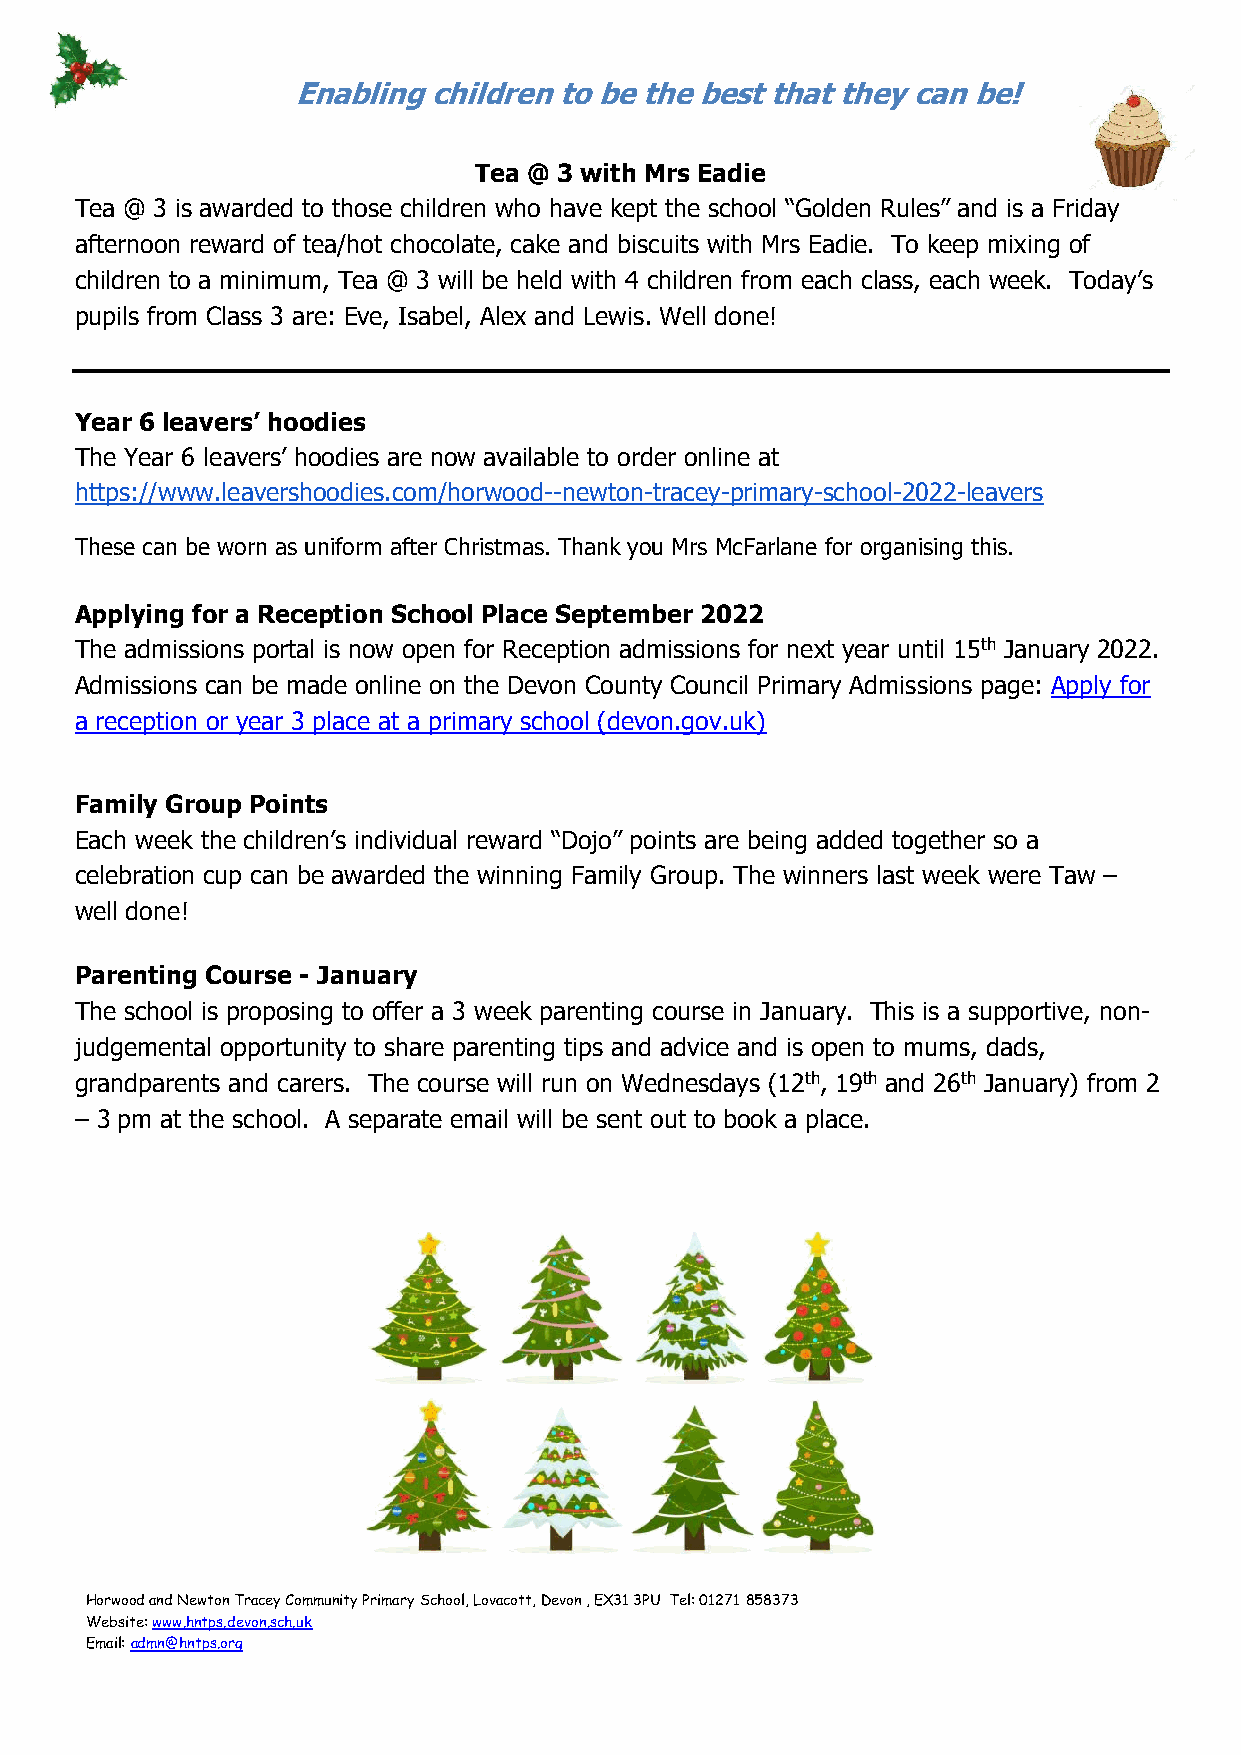
Enabling children to be the best that they can be!
 Tea @ 3 with Mrs Eadie
 Tea @ 3 is awarded to those children who have kept the school “Golden Rules” and is a Friday
 afternoon reward of tea/hot chocolate, cake and biscuits with Mrs Eadie. To keep mixing of
 children to a minimum, Tea @ 3 will be held with 4 children from each class, each week. Today’s
 pupils from Class 3 are: Eve, Isabel, Alex and Lewis. Well done!
 Year 6 leavers’ hoodies
 The Year 6 leavers’ hoodies are now available to order online at
 https://www.leavershoodies.com/horwood--newton-tracey-primary-school-2022-leavers
 These can be worn as uniform after Christmas. Thank you Mrs McFarlane for organising this.
 Applying for a Reception School Place September 2022
 The admissions portal is now open for Reception admissions for next year until 15th January 2022.
 Admissions can be made online on the Devon County Council Primary Admissions page: Apply for
 a reception or year 3 place at a primary school (devon.gov.uk)
 Family Group Points
 Each week the children’s individual reward “Dojo” points are being added together so a
 celebration cup can be awarded the winning Family Group. The winners last week were Taw –
 well done!
 Parenting Course - January
 The school is proposing to offer a 3 week parenting course in January. This is a supportive, non-
 judgemental opportunity to share parenting tips and advice and is open to mums, dads,
 grandparents and carers. The course will run on Wednesdays (12th, 19th and 26th January) from 2
 – 3 pm at the school. A separate email will be sent out to book a place.
 Horwood and Newton Tracey Community Primary School, Lovacott, Devon , EX31 3PU Tel: 01271 858373
 Website: www.hntps.devon.sch.uk
 Email: admn@hntps.org